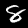
Digit: 8